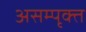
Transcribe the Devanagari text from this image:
असम्पृक्त